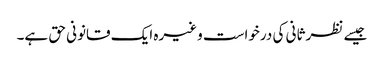
جیسے نظر ثانی کی درخواست وغیرہ ایک قانونی حق ہے۔